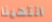
انتهينا